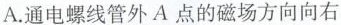
A.通电螺线管外A点的磁场方向向右